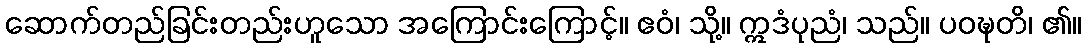
ဆောက်တည်ခြင်းတည်းဟူသော အကြောင်းကြောင့်။ ဧဝံ၊ သို့။ ဣဒံပုညံ၊ သည်။ ပဝဍ္ဎတိ၊ ၏။